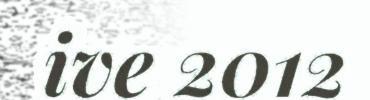
ive 2012